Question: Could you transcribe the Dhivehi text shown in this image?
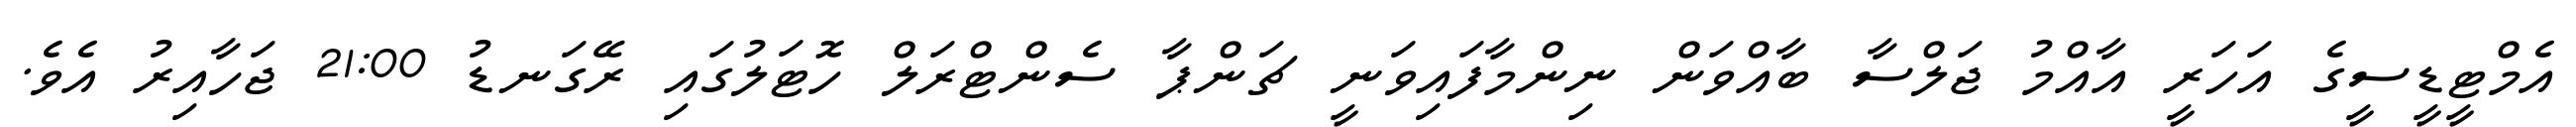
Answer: އެމްޓީޑީސީގެ އަހަރީ އާއްމު ޖަލްސާ ބާއްވަން ނިންމާފައިވަނީ ޗަންޕާ ސެންޓްރަލް ހޮޓަލުގައި ރޭގަނޑު 21:00 ޖަހާއިރު އެވެ.